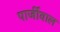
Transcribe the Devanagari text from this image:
पार्जीवाल